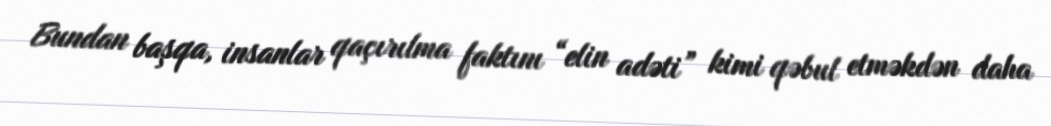
Bundan başqa, insanlar qaçırılma faktını “elin adəti” kimi qəbul etməkdən daha